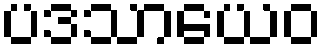
ပဒသာယေဝ